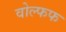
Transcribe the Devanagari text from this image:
वोल्फफ